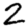
Digit: 2